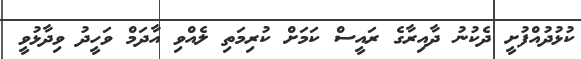
ކުޅުދުއްފުށީ ދެކުނު ދާއިރާގެ ރައީސް ކަމަށް ކުރިމަތި ލެއްވި އާދަމް ވަހީދު ވިދާޅުވީ